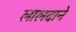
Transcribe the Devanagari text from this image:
लालदाने